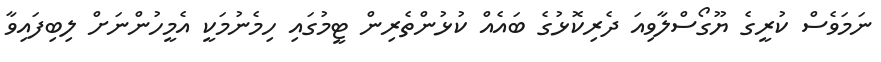
ނަމަވެސް ކުރީގެ ޔޫގޯސްލާވިއަ ދެރިކޮޅުގެ ބައެއް ކުޅުންތެރިން ޓީމުގައި ހިމެނުމަކީ އެމީހުންނަށް ލިބިފައިވާ